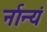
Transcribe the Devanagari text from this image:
र्नान्यं